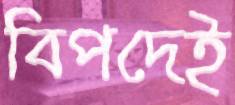
বিপদেই